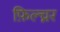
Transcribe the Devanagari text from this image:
फ़िल्च्नर